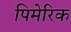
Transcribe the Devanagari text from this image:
पिमेरिक